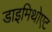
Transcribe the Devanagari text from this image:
डाइमिथोएट